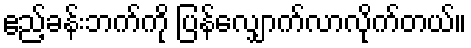
ဧည့်ခန်းဘက်ကို ပြန်လျှောက်လာလိုက်တယ်။